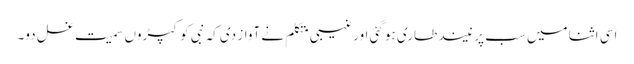
اسی اثنا میں سب پر نیند طاری ہو گئی اورغیبی متکلم نے آواز دی کہ نبی کو کپڑوں سمیت غسل دو۔